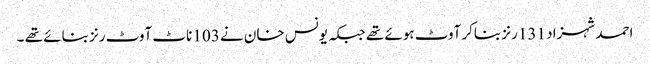
احمد شہزاد 131 رنز بناکر آوٹ ہوئے تھے جبکہ یونس خان نے 103 ناٹ آوٹ رنز بنائے تھے ۔